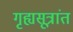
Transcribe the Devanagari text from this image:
गृह्यसूत्रांत